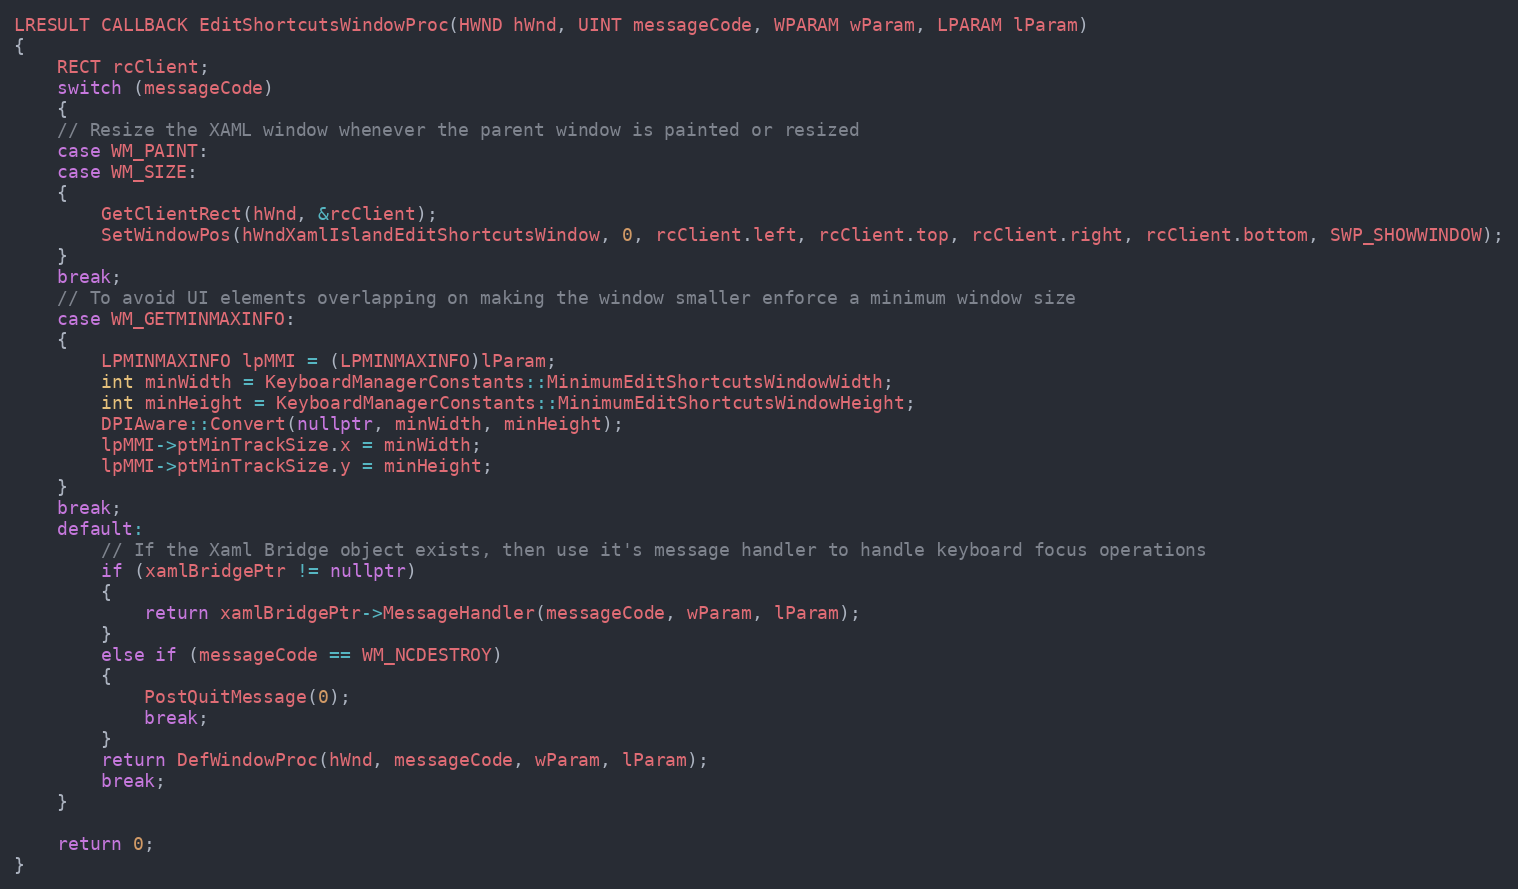
Language: C++
LRESULT CALLBACK EditShortcutsWindowProc(HWND hWnd, UINT messageCode, WPARAM wParam, LPARAM lParam)
{
    RECT rcClient;
    switch (messageCode)
    {
    // Resize the XAML window whenever the parent window is painted or resized
    case WM_PAINT:
    case WM_SIZE:
    {
        GetClientRect(hWnd, &rcClient);
        SetWindowPos(hWndXamlIslandEditShortcutsWindow, 0, rcClient.left, rcClient.top, rcClient.right, rcClient.bottom, SWP_SHOWWINDOW);
    }
    break;
    // To avoid UI elements overlapping on making the window smaller enforce a minimum window size
    case WM_GETMINMAXINFO:
    {
        LPMINMAXINFO lpMMI = (LPMINMAXINFO)lParam;
        int minWidth = KeyboardManagerConstants::MinimumEditShortcutsWindowWidth;
        int minHeight = KeyboardManagerConstants::MinimumEditShortcutsWindowHeight;
        DPIAware::Convert(nullptr, minWidth, minHeight);
        lpMMI->ptMinTrackSize.x = minWidth;
        lpMMI->ptMinTrackSize.y = minHeight;
    }
    break;
    default:
        // If the Xaml Bridge object exists, then use it's message handler to handle keyboard focus operations
        if (xamlBridgePtr != nullptr)
        {
            return xamlBridgePtr->MessageHandler(messageCode, wParam, lParam);
        }
        else if (messageCode == WM_NCDESTROY)
        {
            PostQuitMessage(0);
            break;
        }
        return DefWindowProc(hWnd, messageCode, wParam, lParam);
        break;
    }

    return 0;
}